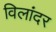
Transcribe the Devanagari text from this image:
विलांदर